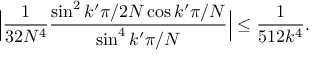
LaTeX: \Big | \frac { 1 } { 3 2 N ^ { 4 } } \frac { \sin ^ { 2 } k ^ { \prime } \pi / 2 N \cos k ^ { \prime } \pi / N } { \sin ^ { 4 } k ^ { \prime } \pi / N } \Big | \leq \frac { 1 } { 5 1 2 k ^ { 4 } } .